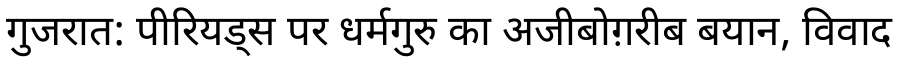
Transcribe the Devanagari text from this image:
गुजरात: पीरियड्स पर धर्मगुरु का अजीबोग़रीब बयान, विवाद